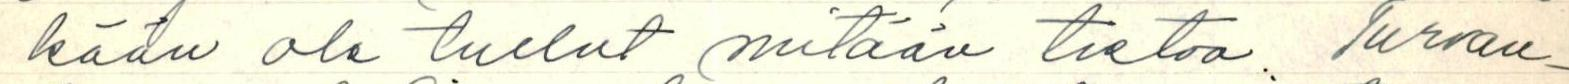
kään ole tullut mitään tietoa. Turvau-